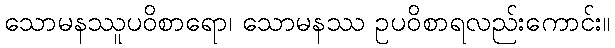
သောမနဿူပဝိစာရော၊ သောမနဿ ဥပဝိစာရလည်းကောင်း။